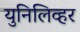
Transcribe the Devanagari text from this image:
युनिलिव्हर